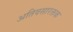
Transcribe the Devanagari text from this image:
अतिवसारक्तक